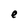
Character: e